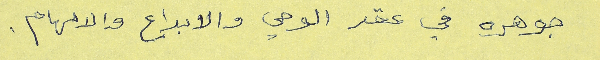
جوهره في عقر الوحي والابداع والالهام.